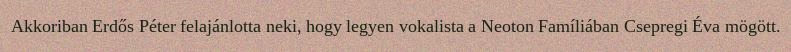
Akkoriban Erdős Péter felajánlotta neki, hogy legyen vokalista a Neoton Famíliában Csepregi Éva mögött.